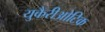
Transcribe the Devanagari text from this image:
युकैरीओटिक